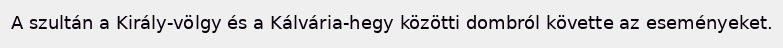
A szultán a Király-völgy és a Kálvária-hegy közötti dombról követte az eseményeket.